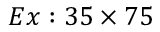
E x : 3 5 \times 7 5